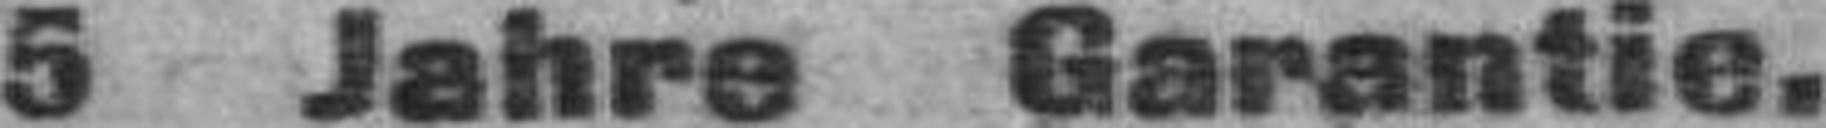
5 Jahre Garantie.